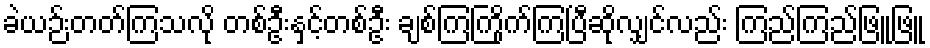
ခဲယဉ်းတတ်ကြသလို တစ်ဦးနှင့်တစ်ဦး ချစ်ကြကြိုက်ကြပြီဆိုလျှင်လည်း ကြည်ကြည်ဖြူဖြူ